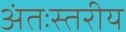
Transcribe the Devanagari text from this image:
अंतःस्तरीय